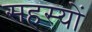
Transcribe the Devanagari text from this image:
सहस्यों